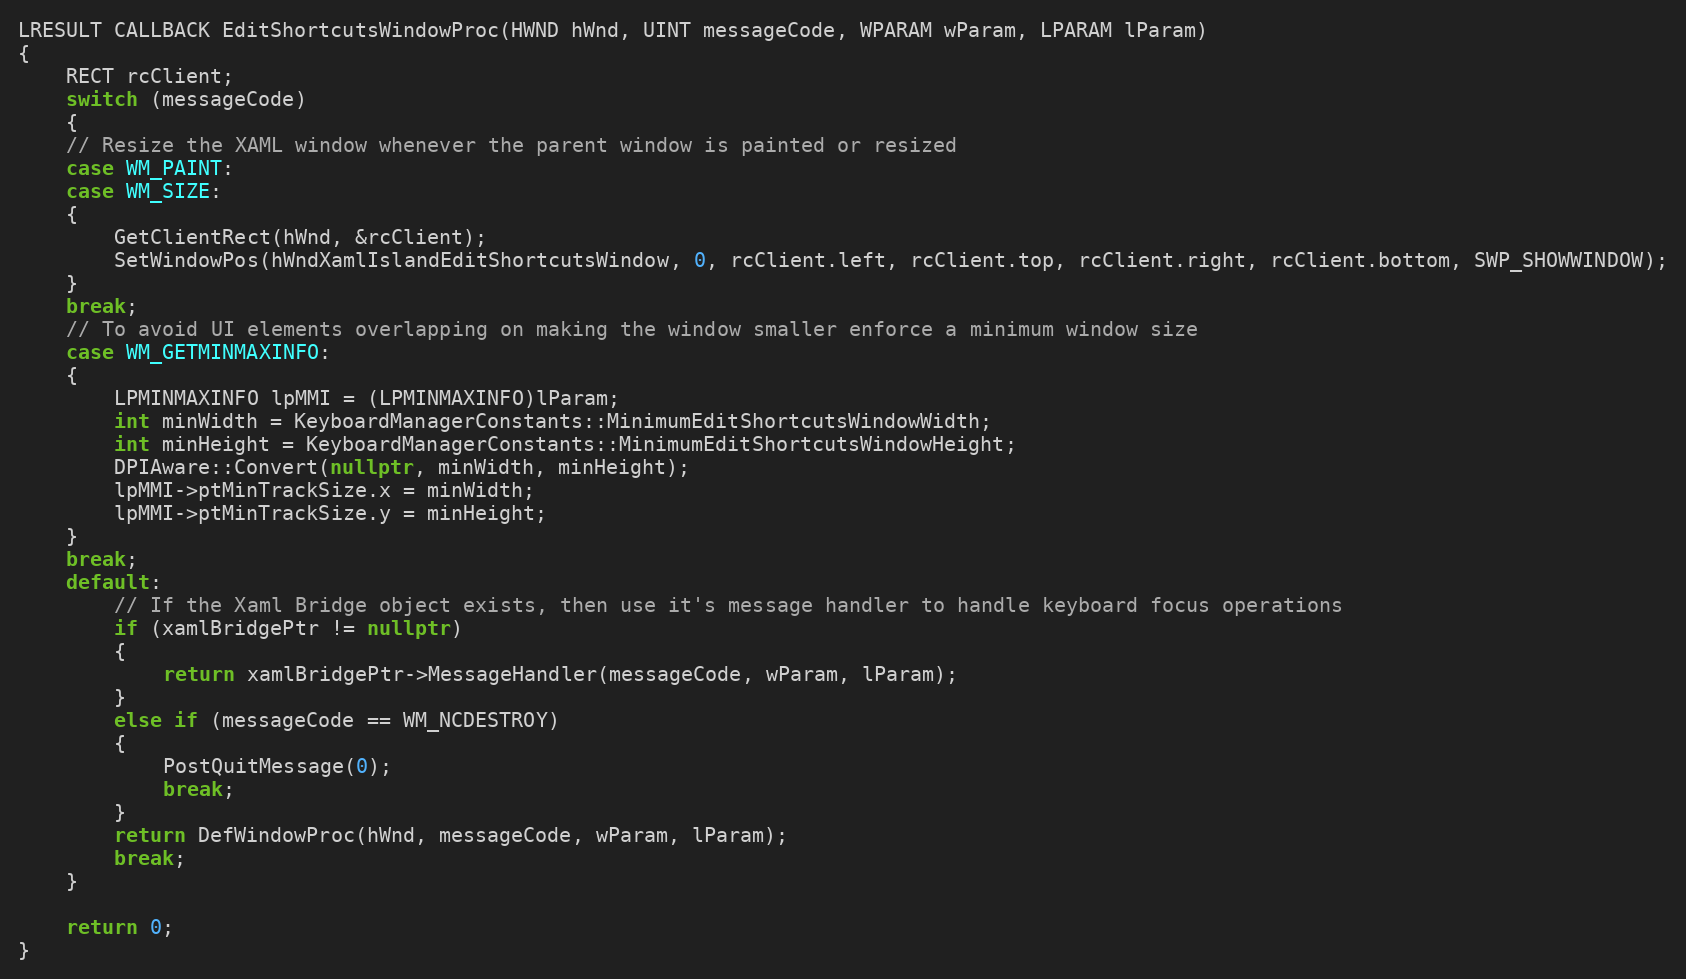
Language: C++
LRESULT CALLBACK EditShortcutsWindowProc(HWND hWnd, UINT messageCode, WPARAM wParam, LPARAM lParam)
{
    RECT rcClient;
    switch (messageCode)
    {
    // Resize the XAML window whenever the parent window is painted or resized
    case WM_PAINT:
    case WM_SIZE:
    {
        GetClientRect(hWnd, &rcClient);
        SetWindowPos(hWndXamlIslandEditShortcutsWindow, 0, rcClient.left, rcClient.top, rcClient.right, rcClient.bottom, SWP_SHOWWINDOW);
    }
    break;
    // To avoid UI elements overlapping on making the window smaller enforce a minimum window size
    case WM_GETMINMAXINFO:
    {
        LPMINMAXINFO lpMMI = (LPMINMAXINFO)lParam;
        int minWidth = KeyboardManagerConstants::MinimumEditShortcutsWindowWidth;
        int minHeight = KeyboardManagerConstants::MinimumEditShortcutsWindowHeight;
        DPIAware::Convert(nullptr, minWidth, minHeight);
        lpMMI->ptMinTrackSize.x = minWidth;
        lpMMI->ptMinTrackSize.y = minHeight;
    }
    break;
    default:
        // If the Xaml Bridge object exists, then use it's message handler to handle keyboard focus operations
        if (xamlBridgePtr != nullptr)
        {
            return xamlBridgePtr->MessageHandler(messageCode, wParam, lParam);
        }
        else if (messageCode == WM_NCDESTROY)
        {
            PostQuitMessage(0);
            break;
        }
        return DefWindowProc(hWnd, messageCode, wParam, lParam);
        break;
    }

    return 0;
}